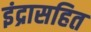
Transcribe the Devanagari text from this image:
इंद्रासहित